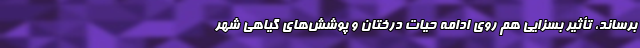
برساند، تأثیر بسزایی هم روی ادامه حیات درختان و پوشش‌های گیاهی شهر